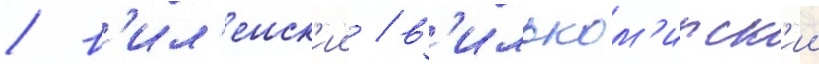
/ в'ил'енск'ии / в'ильком'ирск'ии